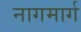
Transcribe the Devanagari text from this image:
नागमार्ग